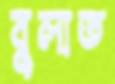
বুলাত